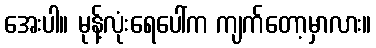
အေးပါ။ မုန့်လုံးရေပေါ်က ကျက်တော့မှာလား။